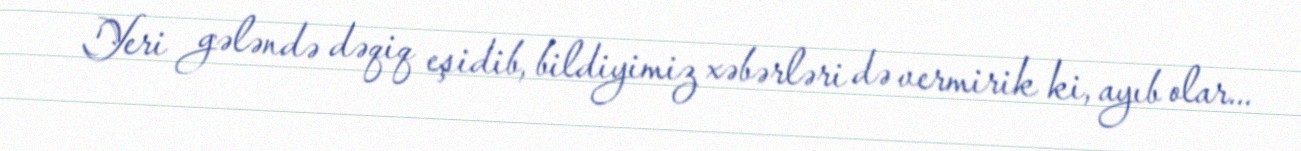
Yeri gələndə dəqiq eşidib, bildiyimiz xəbərləri də vermirik ki, ayıb olar...